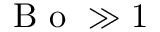
\mathrm { ~ B ~ o ~ } \gg 1